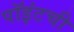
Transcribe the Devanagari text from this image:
पॉइंटची